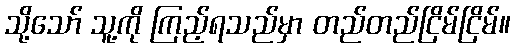
သို့သော် သူ့ကို ကြည့်ရသည်မှာ တည်တည်ငြိမ်ငြိမ်။